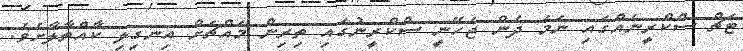
ޓަޗް ސްކްރީނެއްގައި ނަމަ ދެން ޖެހޭނީ ސްކްރީނުގައި ތިިރިން މައްޗަށް އިނގިލި ކާއްތާލާށެވެ.